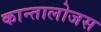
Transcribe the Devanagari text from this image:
कान्तालोजस